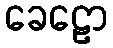
ခေဠော